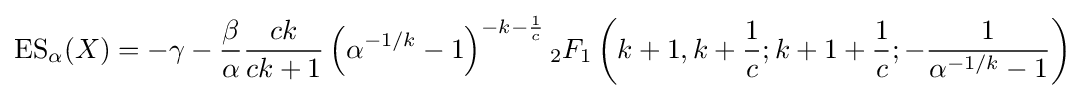
\operatorname {ES} _{\alpha }(X)=-\gamma -{\frac {\beta }{\alpha }}{\frac {ck}{ck+1}}\left(\alpha ^{-1/k}-1\right)^{-k-{\frac {1}{c}}}{_{2}F_{1}}\left(k+1,k+{\frac {1}{c}};k+1+{\frac {1}{c}};-{\frac {1}{\alpha ^{-1/k}-1}}\right)